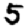
Digit: 5